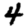
Digit: 4